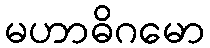
မဟာဓိဂမော